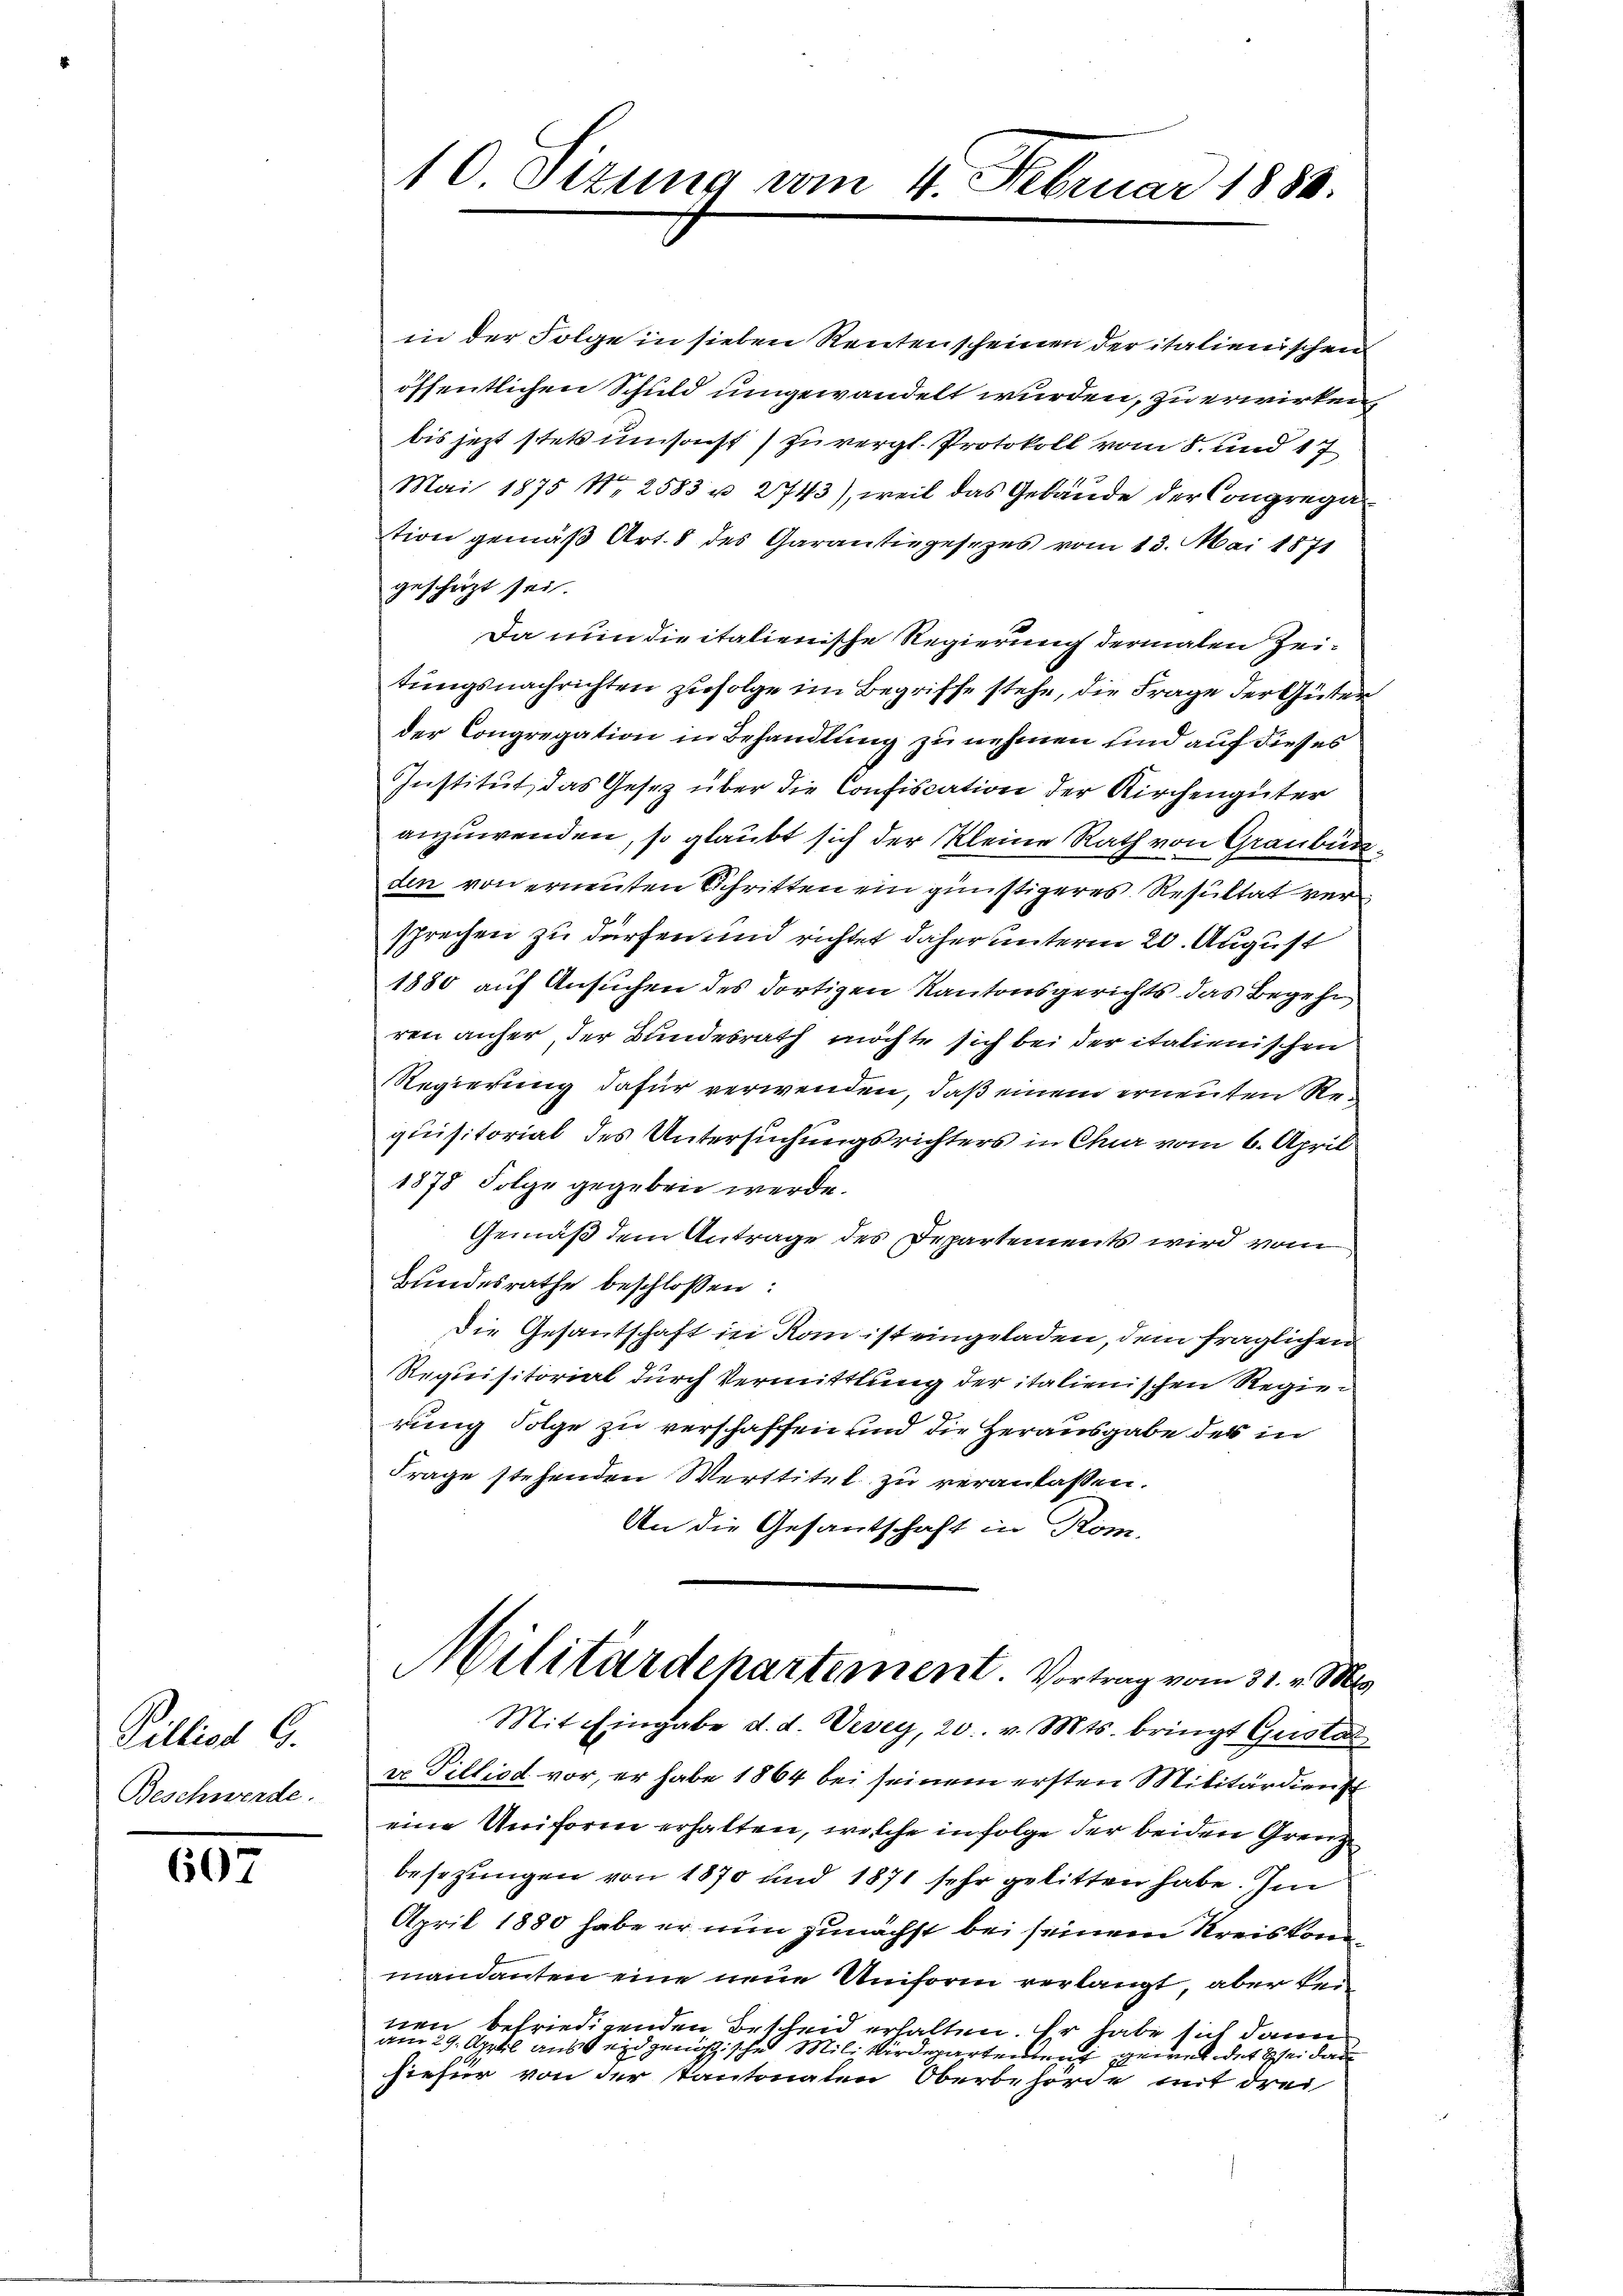
Pillist G.
Beschwerde.

607

10. Ottung vom 4. Februar 1884.

in der Folge in sieben Rentenscheinen der italienischen
öffentlichen Schuld umgewandelt wurden, zu erwirken,
bis jezt stets umsonst) zu vergl. Protokoll vom 8. und 17
Mai 1875 No 2583 u. 2743), weil das Gebäude der Congregation gemäß Art. 8 des Garantiegesezes vom 13. Mai 1871
gescheizt sei.
Da nun die italienische Regierung dermalen Zeitungsnachrichten zufolge im Begriffe stehe, die Frage der Güter
der Congregation in Behandlung zu nehmen und auf dieses
Institut, das Gesetz über die Confiscation der Kirchengüter
anzuwenden, so glaubt sich der Kleine Rath von Graubünden von erneuten Schritten ein günstigeres Resultat versprechen zu dürfen und richtet daher unterm 20. August
1880 auf Ansuchen des dortigen Kantonsgerichts das Begehr
ren anher, der Bundesrath möchte sich bei der italienischen
Regierung dafür verwenden, daß einem erneuten Requisitorial des Untersuchungsrichters in Chur vom 6. April
1878 Folge gegeben werde.
Gemäß dem Antrage des Departements wird vom
Bundesrathe beschlossen:
Die Gesantschaft in Rom ist eingeladen, dem fraglichen
Requisitorial durch Vermittlung der italienischen Regierung Folge zu verschaffen und die Herausgabe des in
Frage stehenden Werttitel zu veranlassen.
An die Gesandschaft in Kom-

Militärdepartement. Vortrag vom 31. v. Mts.

Mit Eingabe d. d. Vevey, 20. v. Mts. bringt Gusta
vr Tillied vor, er habe 1864 bei seinem ersten Militärdienst
eine Uniform erhalten, welche in folge der beiden Grenz
besezungen von 1870 und 1871 sehr gelitten habe. Im
April 1880 habe er nun zunächst bei seinem Kreiskonmandanten eine neue Uniform verlangt, aber kein
nen befriedigenden Bescheid erhalten. Er habe sich dann
am 29. April aus eidgenößische Mili wirdepartenmat gewaldet sei dar
hiefür von der kantonalen Oberbehörde mit drei